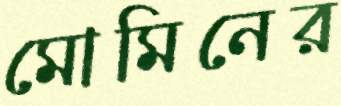
মোমিনের